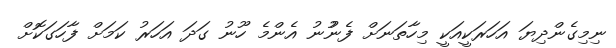
ނިމިގެންދިޔަ އަހަރަކީއަކީ މިހާތަނަށް ފެނުުނު އެންމެ ހޫނު ގަދަ އަހަރު ކަމަށް ފާހަގަކޮށް